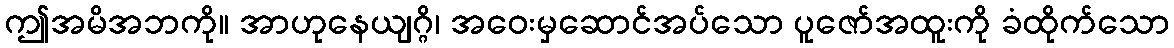
ဤအမိအဘကို။ အာဟုနေယျဂ္ဂိ၊ အဝေးမှဆောင်အပ်သော ပူဇော်အထူးကို ခံထိုက်သော